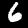
Digit: 6